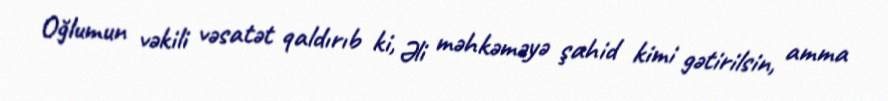
Oğlumun vəkili vəsatət qaldırıb ki, Əli məhkəməyə şahid kimi gətirilsin, amma